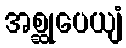
အစ္ဆုပေယျံ